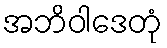
အဘိဝါဒေတုံ